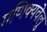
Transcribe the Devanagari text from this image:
मणिक्यवेलु